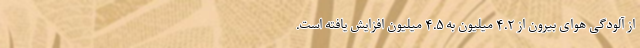
از آلودگی هوای بیرون از ۴.۲ میلیون به ۴.۵ میلیون افزایش یافته است.